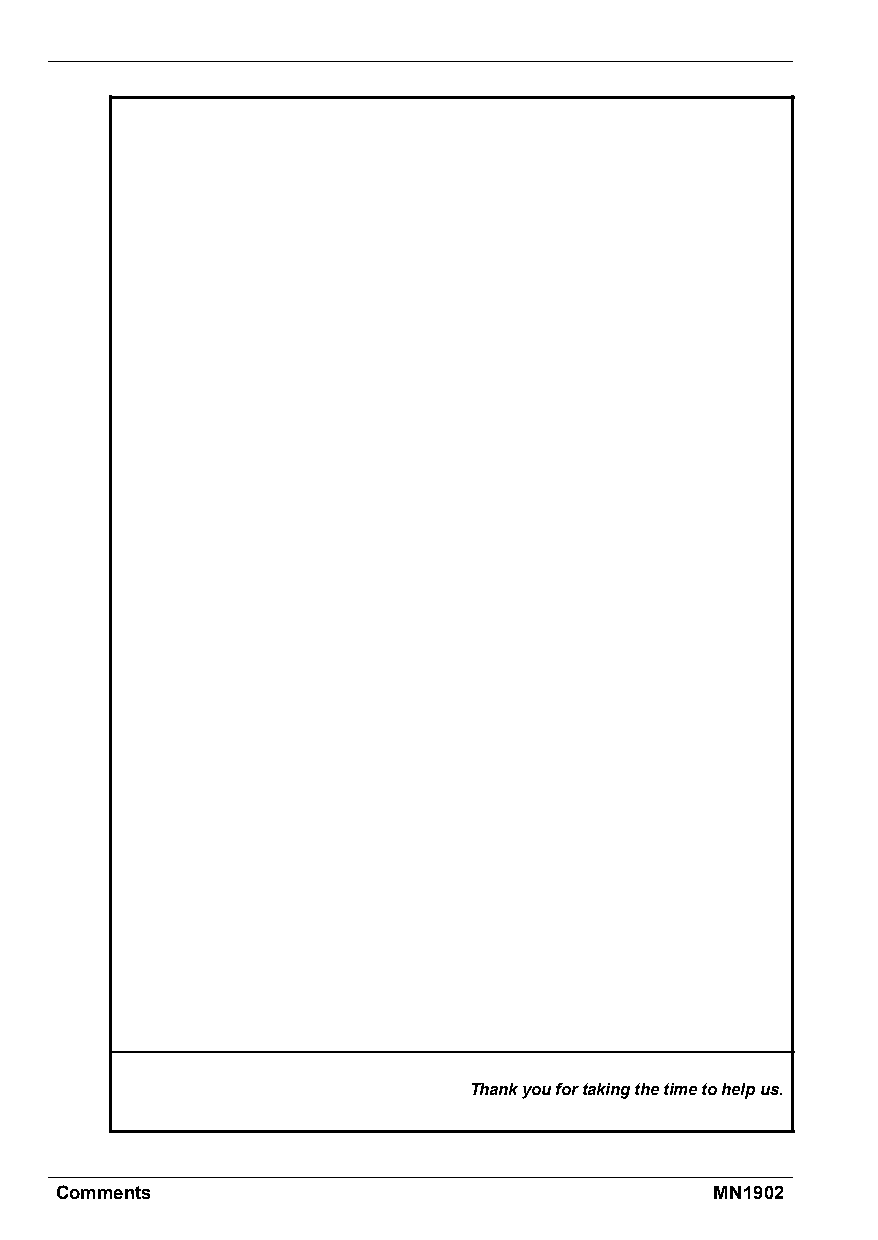
Thankyoufortakingthetimetohelpus.
 Comments                                   MN1902